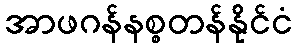
အာဖဂန်နစ္စတန်နိုင်ငံ